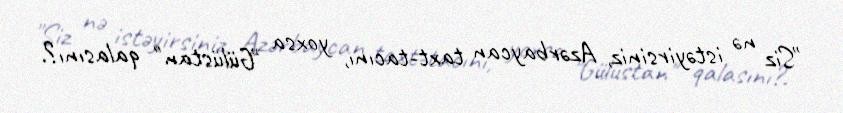
"Siz nə istəyirsiniz, Azərbaycan taxt-tacını, yoxsa "Gülüstan" qalasını?.